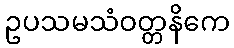
ဥပသမသံဝတ္တနိကေ